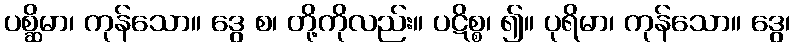
ပစ္ဆိမာ၊ ကုန်သော။ ဒွေ စ၊ တို့ကိုလည်း။ ပဋိစ္စ၊ ၍။ ပုရိမာ၊ ကုန်သော။ ဒွေ၊